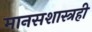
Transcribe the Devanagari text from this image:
मानसशास्त्रही